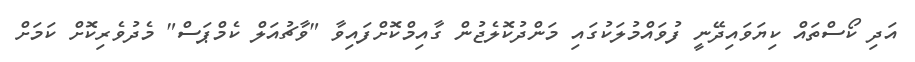
އަދި ކޯސްތައް ކިޔަވައިދޭނީ ފުވައްމުލަކުގައި މަންދުކޮލެޖުން ގާއިމްކޮށްފައިވާ "ވާޗުއަލް ކެމްޕަސް" މެދުވެރިކޮށް ކަމަށް